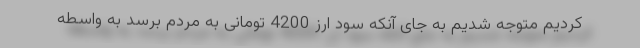
کردیم متوجه شدیم به جای آنکه سود ارز 4200 تومانی به مردم برسد به واسطه